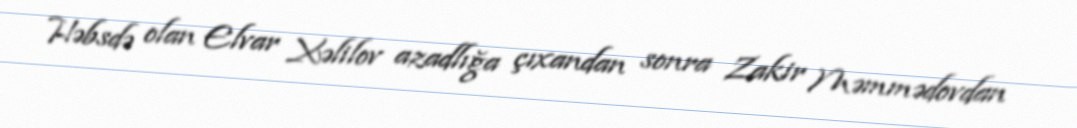
Həbsdə olan Elvar Xəlilov azadlığa çıxandan sonra Zakir Məmmədovdan